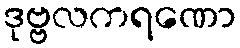
ဒုဗ္ဗလကရဏော